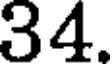
34.